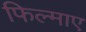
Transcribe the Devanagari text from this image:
फिल्‍माए